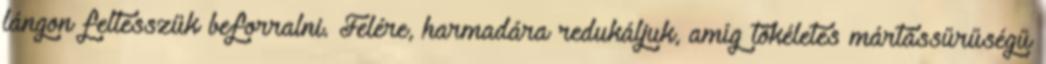
lángon feltesszük beforralni. Felére, harmadára redukáljuk, amíg tökéletes mártássűrűségű